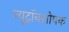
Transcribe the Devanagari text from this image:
न्यूट्रॉनशोषक